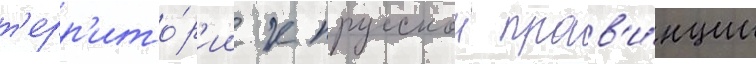
т'ерр'ито́р'ии к прусскои пров'и́нции